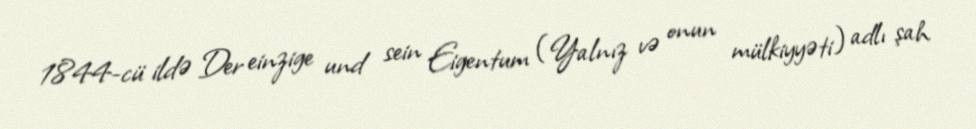
1844-cü ildə Der einzige und sein Eigentum (Yalnız və onun mülkiyyəti) adlı şah